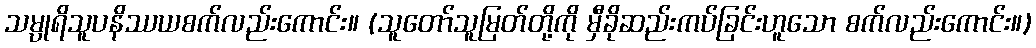
သမ္ပုရိသူပနိဿယစက်လည်းကောင်း။ (သူတော်သူမြတ်တို့ကို မှီခိုဆည်းကပ်ခြင်းဟူသော စက်လည်းကောင်း။)